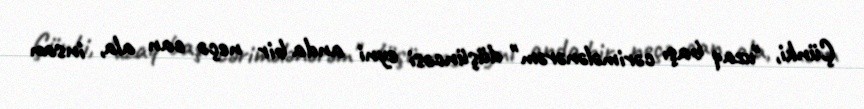
Çünki, "uzaq başı cərimələnərəm" düşüncəsi eyni anda bir neçə can ala, insan